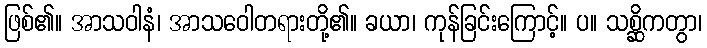
ဖြစ်၏။ အာသဝါနံ၊ အာသဝေါတရားတို့၏။ ခယာ၊ ကုန်ခြင်းကြောင့်။ ပ။ သစ္ဆိကတွာ၊